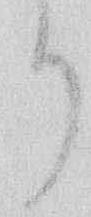
り